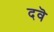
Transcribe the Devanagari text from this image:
दवॆ